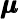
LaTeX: \pmb{\mu}